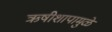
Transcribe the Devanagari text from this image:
ऋषीशापामुळे